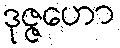
ဒုဇ္ဇဟော